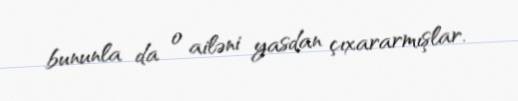
bununla da o ailəni yasdan çıxararmışlar.